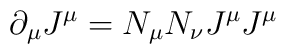
\partial_{\mu}J^{\mu}=N_{\mu}N_{\nu}J^{\mu} J^{\mu}